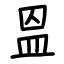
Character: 𥁕